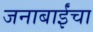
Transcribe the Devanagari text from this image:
जनाबाईंचा